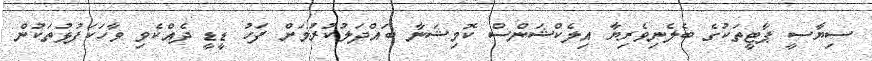
ސިޔާސީ ޕާޓީތަކުގެ ބެލެނިވެރިޔާ އިލެކްޝަންސް ކޮމިޝަނާ ބައްދަލުކުރުމަށް ފަހު ޑީޑީ ދެއްކެވި ވާހަކަފުޅުތަކުން